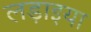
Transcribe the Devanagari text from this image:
लड़ाइया